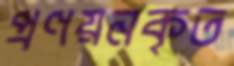
প্রণয়নকৃত